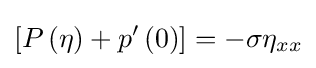
\left[P\left(\eta \right)+p'\left(0\right)\right]=-\sigma \eta _{xx}